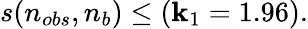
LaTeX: s(n_{obs},n_{b})\leq(\mathbf{k}_{1}=1.96).